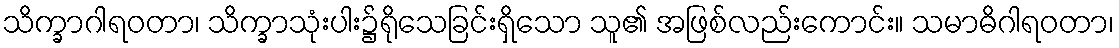
သိက္ခာဂါရဝတာ၊ သိက္ခာသုံးပါး၌ရိုသေခြင်းရှိသော သူ၏ အဖြစ်လည်းကောင်း။ သမာဓိဂါရဝတာ၊